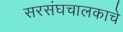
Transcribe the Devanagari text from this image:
सरसंघचालकाचे